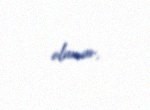
olunur.